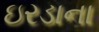
ઇરડાના